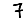
Digit: 7